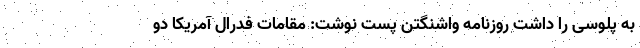
به پلوسی را داشت روزنامه واشنگتن پست نوشت: مقامات فدرال آمریکا دو